Calcutta medical institutions reports 1879-81 [i.e.91]
Year: 1879
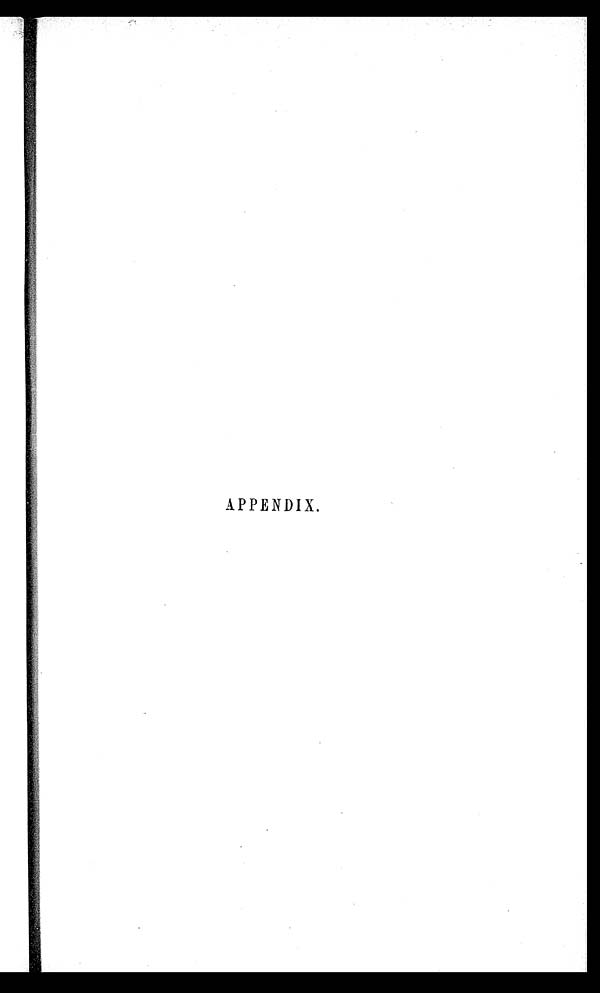
APPENDIX.